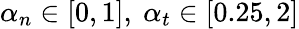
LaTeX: \alpha_{n}\in[0,1],\ \alpha_{t}\in[0.25,2]